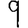
Digit: 9